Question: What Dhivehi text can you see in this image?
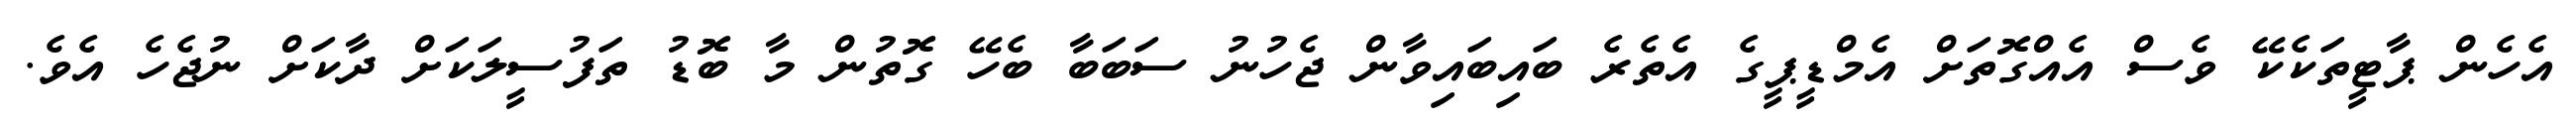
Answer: އެހެން ޕާޓީތަކެކޭ ވެސް އެއްގޮތަށް އެމްޑީޕީގެ އެތެރެ ބައިބައިވާން ޖެހުނު ސަބަބާ ބެހޭ ގޮތުން މާ ބޮޑު ތަފުސީލަކަށް ދާކަށް ނުޖެހެ އެވެ.